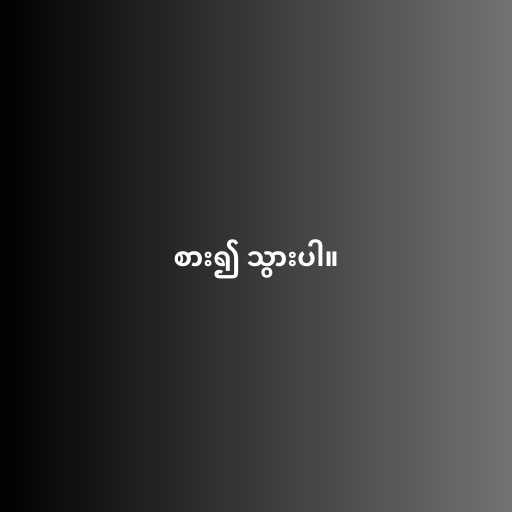
စား၍ သွားပါ။